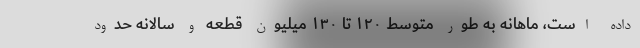
داده است، ماهانه به طور متوسط ۱۲۰ تا ۱۳۰ میلیون قطعه و سالانه حدود